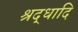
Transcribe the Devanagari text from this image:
श्रद्धादि